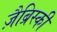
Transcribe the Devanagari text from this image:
ज़ैब्रिस्की